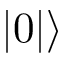
| 0 | \rangle